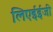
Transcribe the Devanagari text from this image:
लिएईईजी